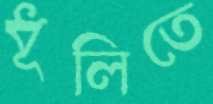
ধূলিতে